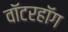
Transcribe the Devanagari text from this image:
वॉटरहॉग